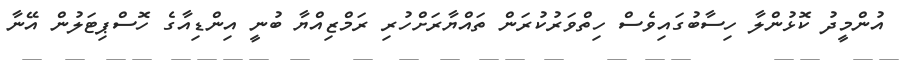
އުންމީދު ކޮޅުންލާ ހިސާބުގައިވެސް ހިތްވަރުކުރަން ތައްޔާރަށްހުރި ރަމްޒިއްޔާ ބުނީ އިންޑިއާގެ ހޮސްޕިޓަލުން އޭނާ